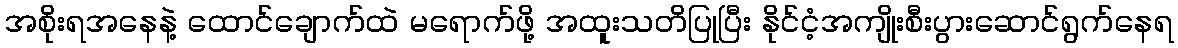
အစိုးရအနေနဲ့ ထောင်ချောက်ထဲ မရောက်ဖို့ အထူးသတိပြုပြီး နိုင်ငံ့အကျိုးစီးပွားဆောင်ရွက်နေရ